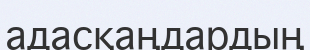
адасқаңдардың